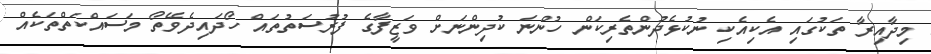
މިދާއިރާ ތަކުގައި އެކިއެކި ނުކުޅެދުންތެރިކަން ހުންނަ ކުދިންނަށް ވަޒީފާގެ ފުރުސަތުތައް ހޯދައިދެވޭތޯ މަސައްކަތްތަކެއް